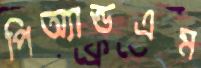
পিঅ্যান্ডএম